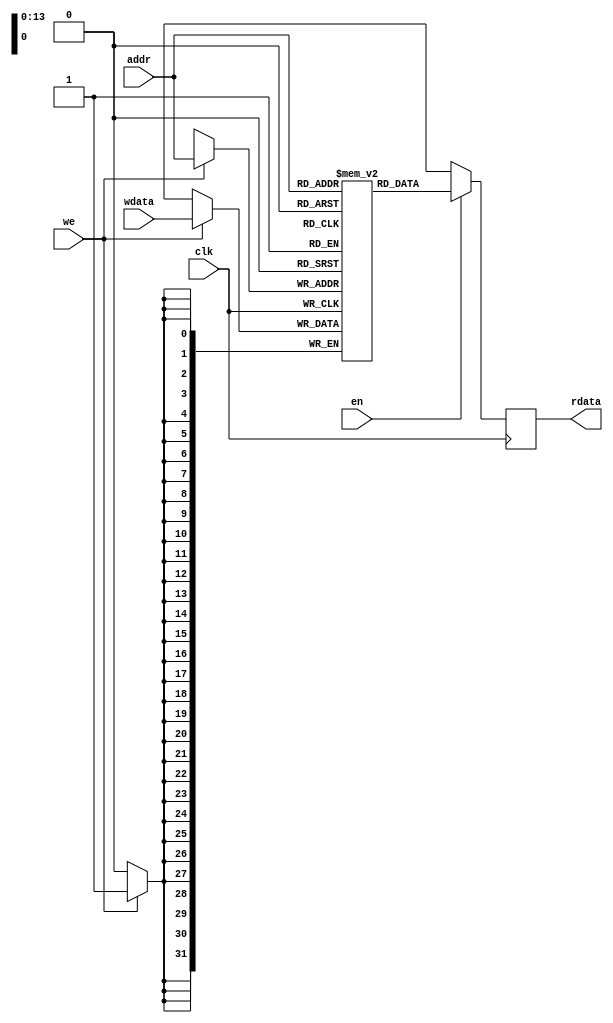
//Data memory model
//Has one read and one write port
//Reads and writes are carried out on posedge clk

module data_mem(clk, en, we, wdata, addr, rdata);

	input clk;
 	input en; 
	input we;

 	input [13:0] addr;
	input [31:0] wdata;
	
	output reg [31:0] rdata;

	reg [31:0] mem [0:16383];

	always@(posedge clk) begin
		if(en)
			rdata <= mem[addr];
		else
			rdata <= 32'hxxxxxxxx;
	end

	always@(posedge clk) begin
		if(we)
			mem[addr] <= wdata;
	end

	//initial begin
		//$readmemh("../FastFiveSim/BranchData", mem);
	//end

endmodule